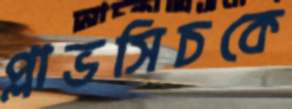
প্লাভসিচকে